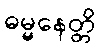
ဓမ္မနေတ္တိ